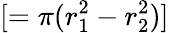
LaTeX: [=\pi(r_{1}^{2}-r_{2}^{2})]